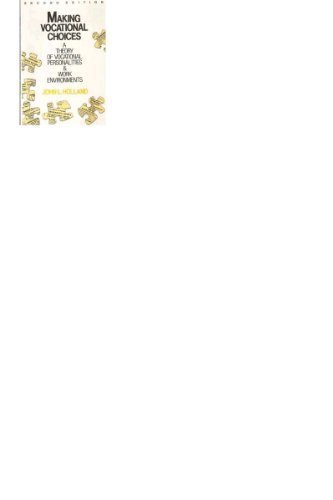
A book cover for Making Vocational Choices: A Theory of Vocational Personalities and Work Environments; John L. Holland; Business & Money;